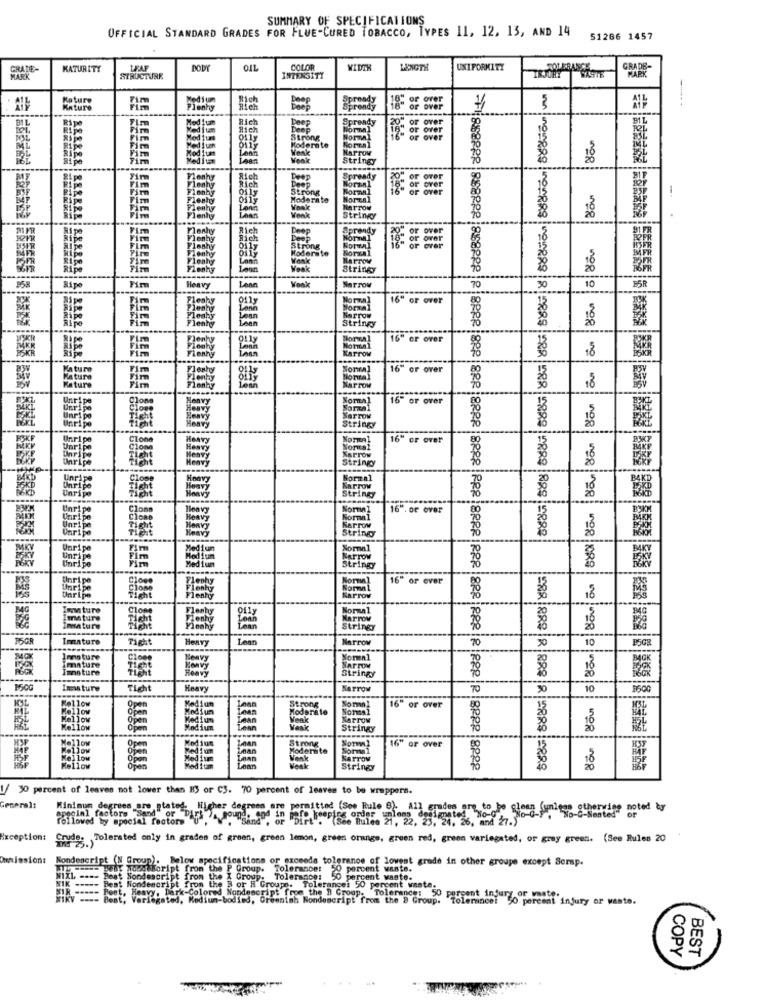
SUMMARY OF SPECIFICATIONS
OFFICIAL STANDARD GRADES FOR FLUE-CURED TOBACCO, TYPES 11, 12. 13, AND 14
51286 1457
GRATE
KATURITY
BODY
OIL
COLOR
WIDTH
LENGTH
UNIFORMITY
GRADE-
MARK
MARK
STRUCTURE
INTENSITY
Rature
over
kature
3
Ripe
Rich
Deep
Spready
or over
5
BIL
Fim
Deep
Kim
Strong
or over
ML
Ripe
Im
Moderate
Marrow
Fim
Veck
Stringy
18
MZ
Flenhy
Rich
Deep
Spready
over
Firm
Fim
Flenhy
Flenhy
Rich
Strong
Normal
Boran
Ripe
Rije
Fim
Fleshy
Oily
Moderate
-.
Fim
Fleshy
Long
Loans
Vank
HarTow
nog
Hipe
Flenhy
Stringy
21 FR
Hip
Fim
Fleshy
Rich
Deep
over
Ripe
Fim
Flenhy
Rich
Doop
Normal
Fim
Flashy
0117
Strong
Hoderste
OF
Ripe
Fleshy
Lenn
Fim
Flenhy
Leon
Veak
Stringy
----
Narrow
Hipe
Heavy
Vonk
70
30
10
BSR
Normal
16" or over
Normal
Loan
Barrow
Stringy
16" or over
HE
Narrow
18
Mature
Normal
16" or over
Mature
Monza
ature
Marzo
no
Unripe
16" or over
glom
Narrow
String
FSKF
Unripe
16" or over
Narrow
string
Normal
HarTOV
18
Unripe
Normal
16 .or over
Narrow
String
Unripe
Normal
Karrow
String
16 or over
Normal
Marrow
18
Normal
Imature
Marrow
mature
--
String
Innature
Fich
Lean
70
10
Heavy
Narrow
50
Innature
Normal
Imnature
immature
stringy
15.00
Immature
Heavy
Narrow
70
50
10
Fellow
Open
Mellow
Lean
Strong
Moderate
Nommn
6" or over
Mellow
Oper
Pean
Narrow
Mellow
Oper
Modiun
Stringy
Mellow
Lean
Strong
Normal
16" or over
ed 1 um
Lean
Modersite
Sommal
Mellow
Venk
KATTOM
Mellow
Weak
Stringy
nº8
!/ 30 percent of leaves not lower than H3 or C3. 70 percent of leaves to be wrappers.
General:
Minimum degrees are stated. Higher degrees are permitted (See Rule 6). All grades are to be clean (unless otherwise noted ty
No-C-Sented" or
special factors "Send" or "Dirk ), mound, and in mafo keeping order unlons designated, No-G )
lowed by special factors "
NO-C-F
Exception:
Crude. Tolerated only in grades of green, green lemon, green orange, green red, green variegated, or gray green. (See Rules 20
Ounlesions
Nondescript (N Group). Below specifications or exceeds tolerance of lowest grado in other groupe except Serp.
detToript from the P Group. Tolerance: 50 percent wante.
MiXL ---- Beat Nondescript from the Z Group:
WIK
SIM ===== Pest, Heavy, Dark-Colored Nondescript from the " Groop. Tolerance: 50 percent injury or waste.
NIK ===== Best Nondescript from the B or H Groups. Tolerance: 50 percent weate.
- Best Nondescript from
Wikv ---- Best, Variegated,
==== Best, Variegated, Medium-bodied, Greenish Nondescript from the B Group.
Feet. Heavy, Dark-
rk-Colore
Tolerance: 50 percent injury or waste.
BEST
COPY